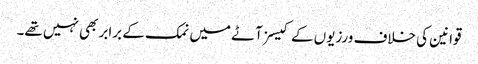
قوانین کی خلاف ورزیوں کے کیسز آٹے میں نمک کے برابر بھی نہیں تھے۔